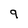
Character: 9